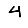
Digit: 4